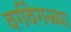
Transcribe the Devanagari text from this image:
वर्गवेगळ्या